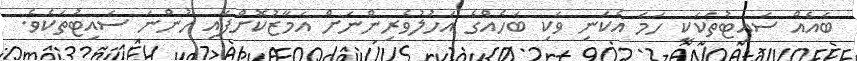
ބައެއް ސައިޓުތަކަކީ ހަމަ އެކަނި ވަކި ބަހެއްގެ އަހުލުވެރިންނަށް އަމާޒުކޮށްފައި ހުންނަ ސައިޓުތަކެވެ.